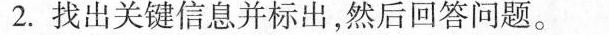
2.找出关键信息并标出，然后回答问题。